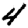
Digit: 4